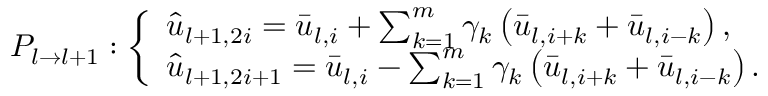
P _ { l \rightarrow l + 1 } : \left\{ \begin{array} { l } { \hat { u } _ { l + 1 , 2 i } = \bar { u } _ { l , i } + \sum _ { k = 1 } ^ { m } \gamma _ { k } \left( \bar { u } _ { l , i + k } + \bar { u } _ { l , i - k } \right) , } \\ { \hat { u } _ { l + 1 , 2 i + 1 } = \bar { u } _ { l , i } - \sum _ { k = 1 } ^ { m } \gamma _ { k } \left( \bar { u } _ { l , i + k } + \bar { u } _ { l , i - k } \right) . } \end{array} \right.